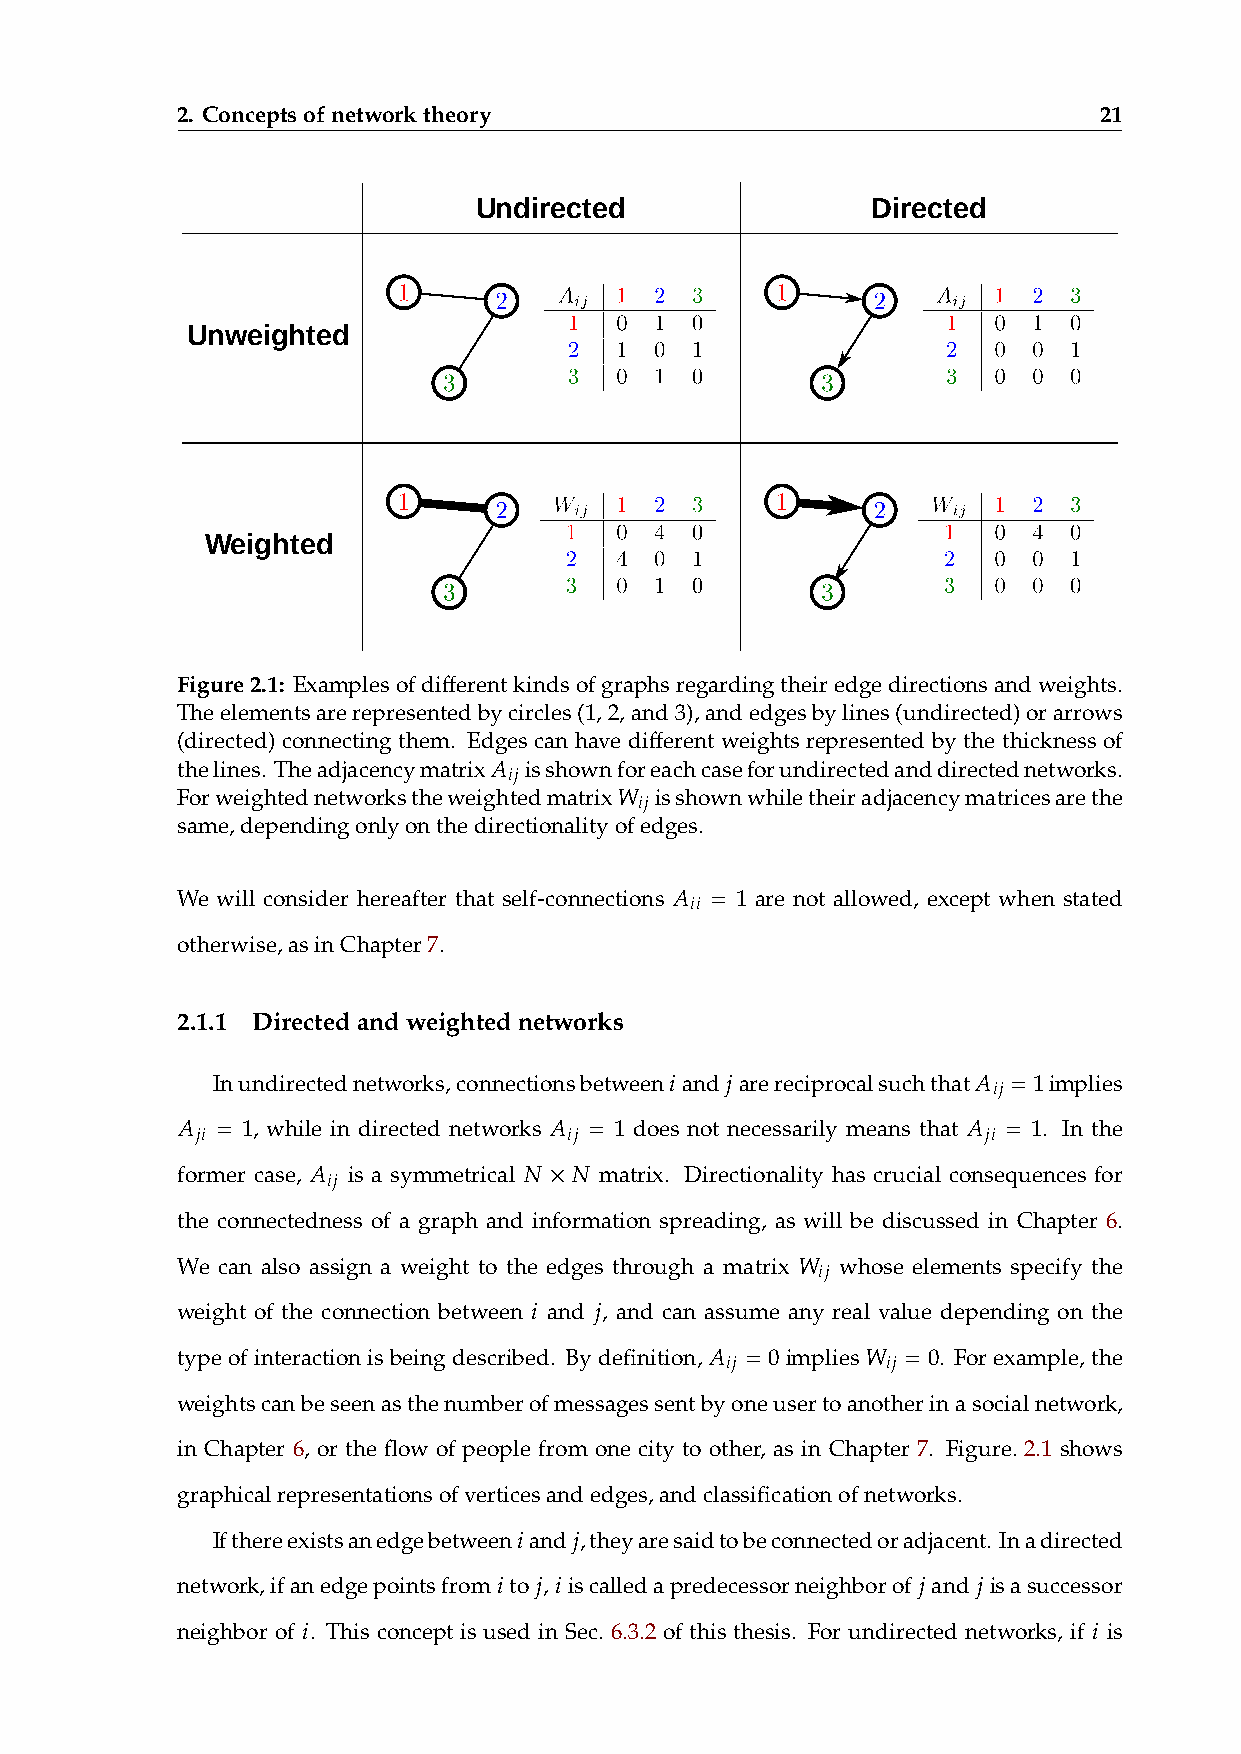
2. Conceptsofnetworktheory                                   21
 Undirected                 Directed
 Unweighted
 Weighted
 Figure2.1: Examplesofdifferentkindsofgraphsregardingtheiredgedirectionsandweights.
 Theelementsarerepresentedbycircles(1,2,and3),andedgesbylines(undirected)orarrows
 (directed) connecting them. Edges can have different weights represented by the thickness of
 𝐴
 thelines. Theadjacencymatrix 𝑖𝑗 isshownforeachcaseforundirectedanddirectednetworks.
 𝑊
 Forweightednetworkstheweightedmatrix 𝑖𝑗 isshownwhiletheiradjacencymatricesarethe
 same,dependingonlyonthedirectionalityofedges.
 We will consider hereafter that self-connections 𝐴 𝑖𝑖 = 1 are not allowed, except when stated
 otherwise,asinChapter7.
 2.1.1 Directedandweightednetworks
 Inundirectednetworks,connectionsbetween𝑖 and 𝑗 arereciprocalsuchthat𝐴 𝑖𝑗 = 1implies
 𝐴 𝑗𝑖 = 1, while in directed networks 𝐴 𝑖𝑗 = 1 does not necessarily means that 𝐴 𝑗𝑖 = 1. In the
 𝐴             𝑁 × 𝑁
 former case, 𝑖𝑗 is a symmetrical matrix. Directionality has crucial consequences for
 the connectedness of a graph and information spreading, as will be discussed in Chapter 6.
 𝑊
 We can also assign a weight to the edges through a matrix 𝑖𝑗 whose elements specify the
 𝑖   𝑗
 weight of the connection between and , and can assume any real value depending on the
 typeofinteractionisbeingdescribed. Bydefinition, 𝐴 𝑖𝑗 = 0implies𝑊 𝑖𝑗 = 0. Forexample, the
 weightscanbeseenasthenumberofmessagessentbyoneusertoanotherinasocialnetwork,
 in Chapter 6, or the flow of people from one city to other, as in Chapter 7. Figure. 2.1 shows
 graphicalrepresentationsofverticesandedges,andclassificationofnetworks.
 𝑖   𝑗
 Ifthereexistsanedgebetween and ,theyaresaidtobeconnectedoradjacent. Inadirected
 𝑖 𝑗 𝑖                       𝑗   𝑗
 network,ifanedgepointsfrom to , iscalledapredecessorneighborof and isasuccessor
 𝑖                                                   𝑖
 neighbor of . This concept is used in Sec. 6.3.2 of this thesis. For undirected networks, if is